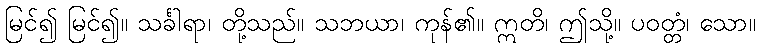
မြင်၍ မြင်၍။ သင်္ခါရာ၊ တို့သည်။ သဘယာ၊ ကုန်၏။ ဣတိ၊ ဤသို့။ ပဝတ္တံ၊ သော။